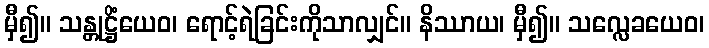
မှီ၍။ သန္တုဋ္ဌိံယေဝ၊ ရောင့်ရဲခြင်းကိုသာလျှင်။ နိဿာယ၊ မှီ၍။ သလ္လေခယေဝ၊